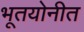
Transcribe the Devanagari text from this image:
भूतयोनीत